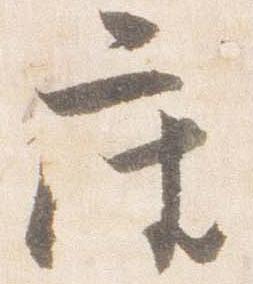
座